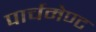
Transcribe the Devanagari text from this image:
पार्चमेण्ट